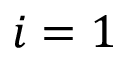
i = 1